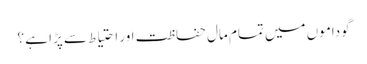
گوداموں میں تمام مال حفاظت اور احتیاط سے پڑا ہے ؟